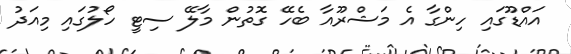
އައްޑޫގައި ހިންގާ އެ މަޝްރޫއާ ބެހޭ ގޮތުން މާލޭ ސިޓީ ހޯލުގައި މިއަދު